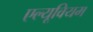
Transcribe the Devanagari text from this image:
एल्यूवियम